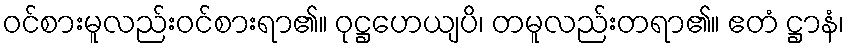
ဝင်စားမူလည်းဝင်စားရာ၏။ ဝုဋ္ဌဟေယျပိ၊ တမူလည်းတရာ၏။ ဧတံ ဋ္ဌာနံ၊